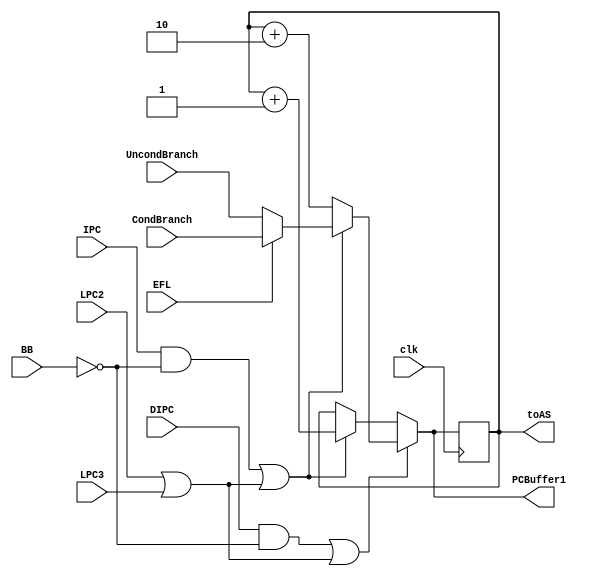
`timescale 1ns / 1ps

module ProgramCounter(
input			clk,            //System wide clock
input			IPC,            //Increment PC
input           DIPC,           //Double Increment PC :: Used in case of OD instruction
input           LPC2,           //Load PC :: CCG2 :: UncondBranch
input           LPC3,           //Load PC :: CCG3 :: CondBranch
input           BB,             //BB input from BB module
input           EFL,            //Enable Flag from 3rd stage
//input           EFL2,         //Enable Flag from 2nd stage :: is always 0
input   [15:0]   UncondBranch,   //Address of UncondBranch from 2nd stage R0
input   [15:0]   CondBranch,     //Address of condBranch from 3rd stage R0
output	[15:0]	PCBuffer1,      //output to PCBuffer1
output	[15:0]	toAS            //output to Address Selector
);

reg	 [15:0]	PCReg;
wire [15:0]  branch;
wire LPC = (LPC2|LPC3);
initial begin
	PCReg = 0;
end

wire sIPC=((IPC&&(~BB))|| LPC);
wire sDIPC=((DIPC&&(~BB))|| LPC);

assign branch = (EFL)?CondBranch:UncondBranch;

assign PCBuffer1 = (sDIPC)?((sIPC)?branch:PCReg+2):((sIPC)?PCReg+1:PCReg);

assign toAS = PCReg;

always @(posedge clk ) PCReg <= PCBuffer1;

/*
always @(posedge clk ) begin
	case({DIPC,IPC})
	2'b00:PCReg<=PCReg;
	2'b01:PCReg<=PCReg+1;
	2'b10:PCReg<=PCReg+2;
	2'b11:PCReg<=branch;
	endcase
end
*/
endmodule